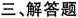
三、解答题